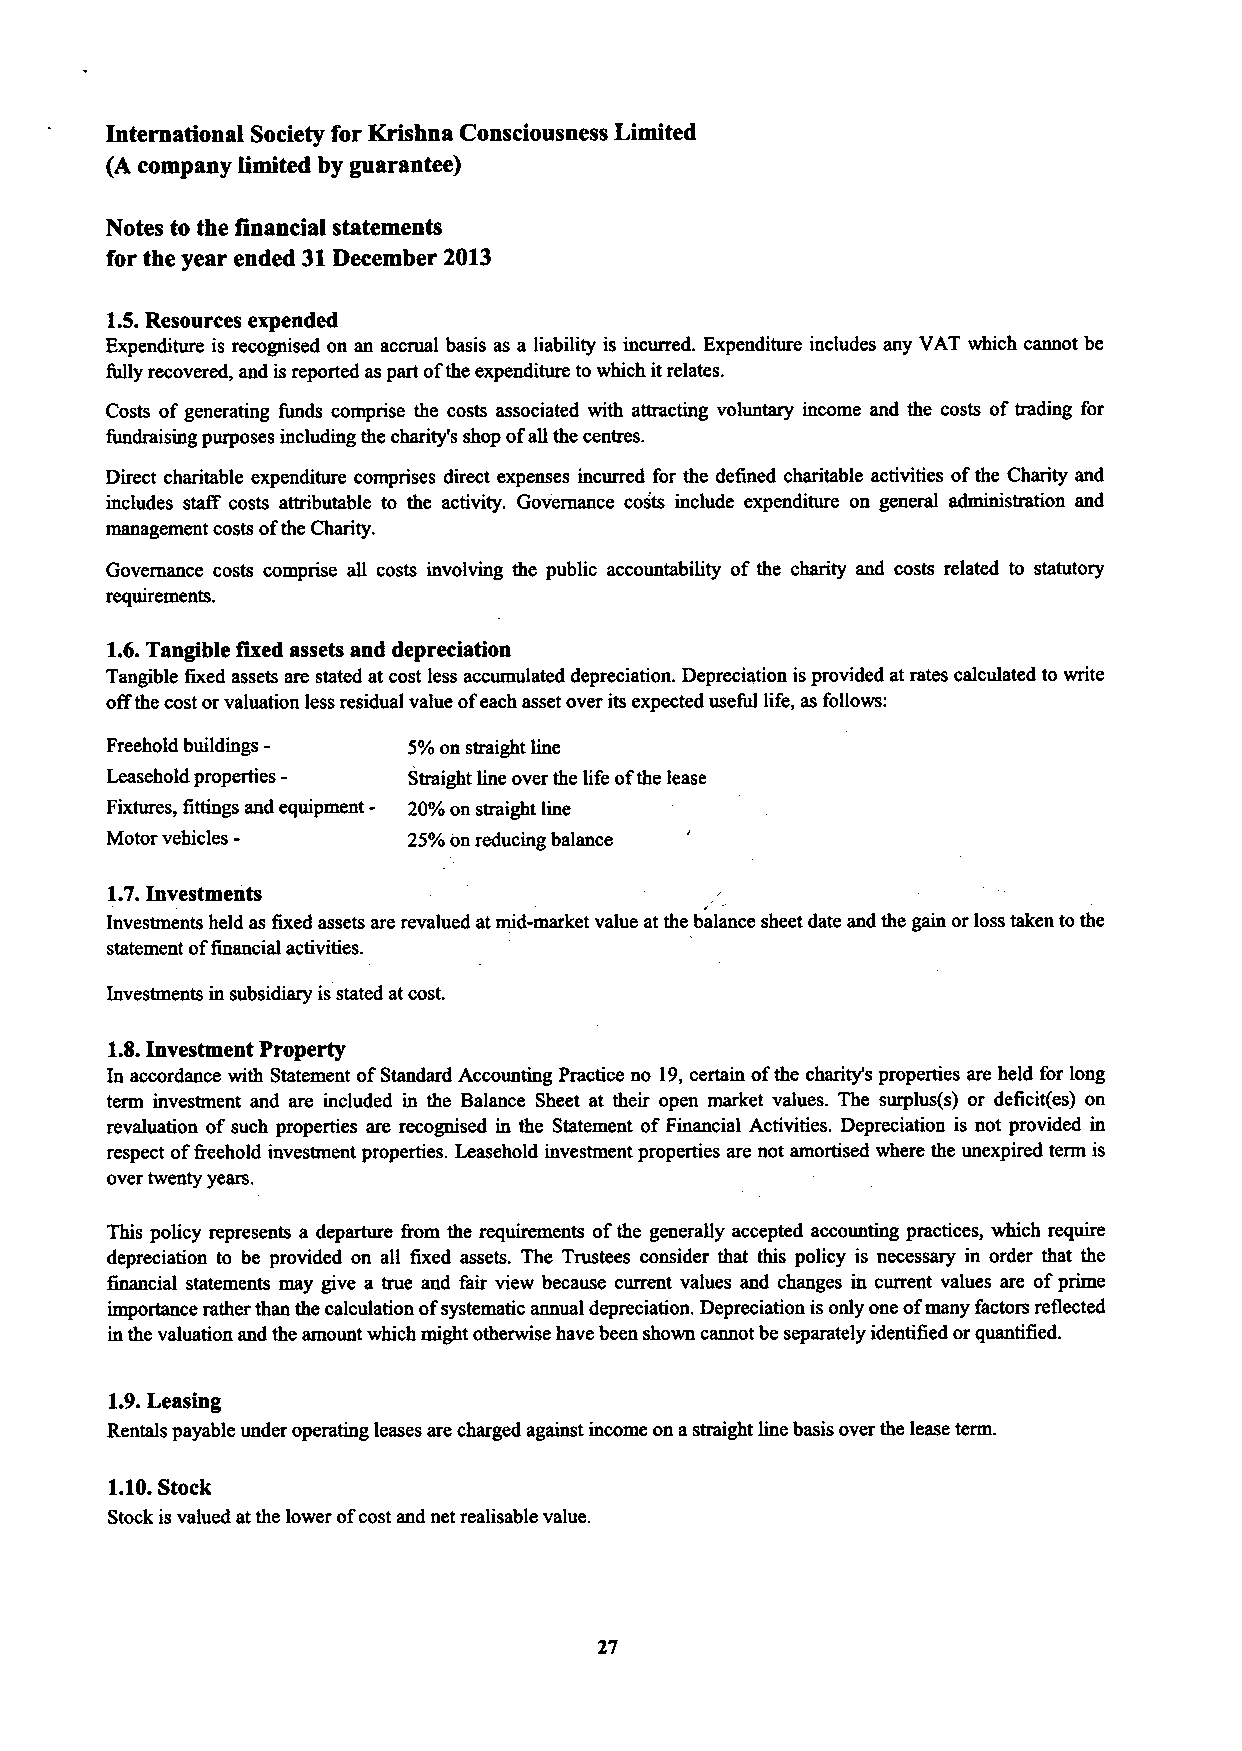
International Society for Krishna Consciousness Limited
 (A company limited by guarantee)
 Notes to the financial statements
 for the year ended 31December 2013
 1.5.Resources expended
 Expenditure is recognised on an accrual basis as a liability is incurred. Expenditure includes any VAT which cannot be
 fully recovered, and isreported as part ofthe expenditure towhich itrelates.
 Costs ofgenerating funds comprise the costs associated with attracting voluntary income and the costs oftrading for
 fundraising purposes including the charity's shop ofall the centres.
 Direct charitable expenditure comprises direct expenses incurred for the defined charitable activities ofthe Charity and
 includes staff costs attributable to the activity. Governance costs include expenditure on general administration and
 management costs ofthe Charity.
 Governance costs comprise all costs involving the public accountability of the charity and costs related to statutory
 requirements.
 1.6.Tangible fixed assets and depreciation
 Tangible fixed assets are stated at cost less accumulated depreciation. Depreciation isprovided at rates calculated to write
 offthe cost orvaluation less residual value ofeach asset over its expected useful life, as follows:
 Freehold buildings- 5%on straight line
 Leasehold properties- Straight line over the life ofthe lease
 Fixtures, fittings and equipment- 20%on straight line
 Motor vehicles-     25%on reducing balance
 1.7.Investments
 Investments held as fixed assets are revalued at mid-market value at the balance sheet date and the gain or loss taken tothe
 statement offinancial activities.
 Investments in subsidiary isstated at cost.
 1.$.Investment Property
 In accordance with Statement ofStandard Accounting Practice no 19,certain ofthe charity's properties are held for long
 term investment and are included in the Balance Sheet at their open market values. The surplus(s) or deficit(es) on
 revaluation ofsuch properties are recognised in the Statement ofFinancial Activities. Depreciation is not provided in
 respect ofIreehold investment properties. Leasehold investment properties are not amortised where the unexpired term is
 over twenty years.
 This policy represents a departure I'rom the requirements ofthe generally accepted accounting practices, which require
 depreciation to be provided on all fixed assets. The Trustees consider that this policy is necessary in order that the
 financial statements may give a true and fair view because current values and changes in current values are ofprime
 importance rather than the calculation ofsystematic annual depreciation. Depreciation isonly one ofmany factors reflected
 in the valuation and the amount which might otherwise have been shown cannot be separately identified orquantified.
 1.9.Leasing
 Rentals payable under operating leases are charged against income on astraight line basis over the lease term.
 1.10.Stock
 Stock isvalued at the lower ofcost and net realisable value.
 27